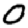
Digit: 0